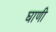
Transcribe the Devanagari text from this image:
घाणी